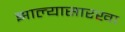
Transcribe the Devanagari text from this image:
झाल्यासारखा